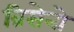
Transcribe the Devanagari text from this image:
ब्रिसेनो